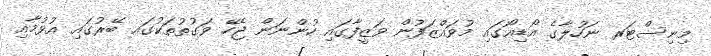
މިނިސްޓަރ ނަހުލާގެ އޯޑިއޯގައި މުވައްޒަފުން ވަޒީފާގައި ހުންނަން ޖެހޭ ވަގުތުތަކުގައ ބޭރުގައި އުޅުމާއި